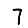
Digit: 7